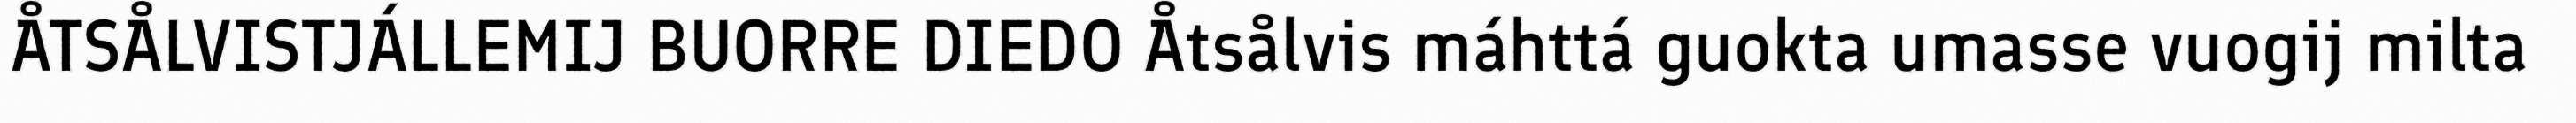
ÅTSÅLVISTJÁLLEMIJ BUORRE DIEDO Åtsålvis máhttá guokta umasse vuogij milta